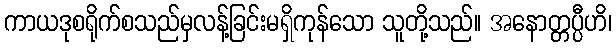
ကာယဒုစရိုက်စသည်မှလန့်ခြင်းမရှိကုန်သော သူတို့သည်။ အနောတ္တပ္ပီဟိ၊